Indian journal of veterinary science and animal husbandry - Volume 2,
Year: 1932
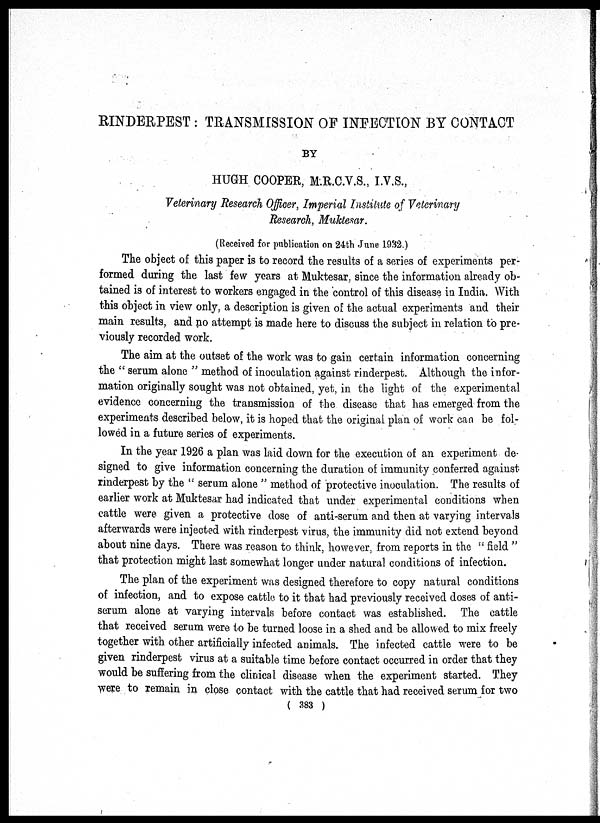
RINDERPEST : TRANSMISSION OF INFECTION BY CONTACT
BY
HUGH COOPER, M.R.C.V.S., I.V.S.,
Veterinary Research Officer, Imperial Institute of Veterinary
Research, Muktesar.
(Received for publication on 24th June 1932.)
The object of this paper is to record the results of a series of experiments per-
formed during the last few years at Muktesar, since the information already ob-
tained is of interest to workers engaged in the control of this disease in India. With
this object in view only, a description is given of the actual experiments and their
main results, and no attempt is made here to discuss the subject in relation to pre-
viously recorded work.
The aim at the outset of the work was to gain certain information concerning
the " serum alone " method of inoculation against rinderpest. Although the infor-
mation originally sought was not obtained, yet, in the light of the experimental
evidence concerning the transmission of the disease that has emerged from the
experiments described below, it is hoped that the original plan of work can be fol-
lowed in a future series of experiments.
In the year 1926 a plan was laid down for the execution of an experiment de-
signed to give information concerning the duration of immunity conferred against
rinderpest by the " serum alone " method of protective inoculation. The results of
earlier work at Muktesar had indicated that under experimental conditions when
cattle were given a protective dose of anti-serum and then at varying intervals
afterwards were injected with rinderpest virus, the immunity did not extend beyond
about nine days. There was reason to think, however, from reports in the " field "
that protection might last somewhat longer under natural conditions of infection.
The plan of the experiment was designed therefore to copy natural conditions
of infection, and to expose cattle to it that had previously received doses of anti-
serum alone at varying intervals before contact was established. The cattle
that received serum were to be turned loose in a shed and be allowed to mix freely
together with other artificially infected animals. The infected cattle were to be
given rinderpest virus at a suitable time before contact occurred in order that they
would be suffering from the clinical disease when the experiment started. They
were to remain in close contact with the cattle that had received serum for two
( 383 )